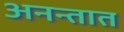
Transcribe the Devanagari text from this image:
अनन्तात